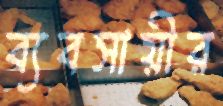
ব্যবসায়ীর